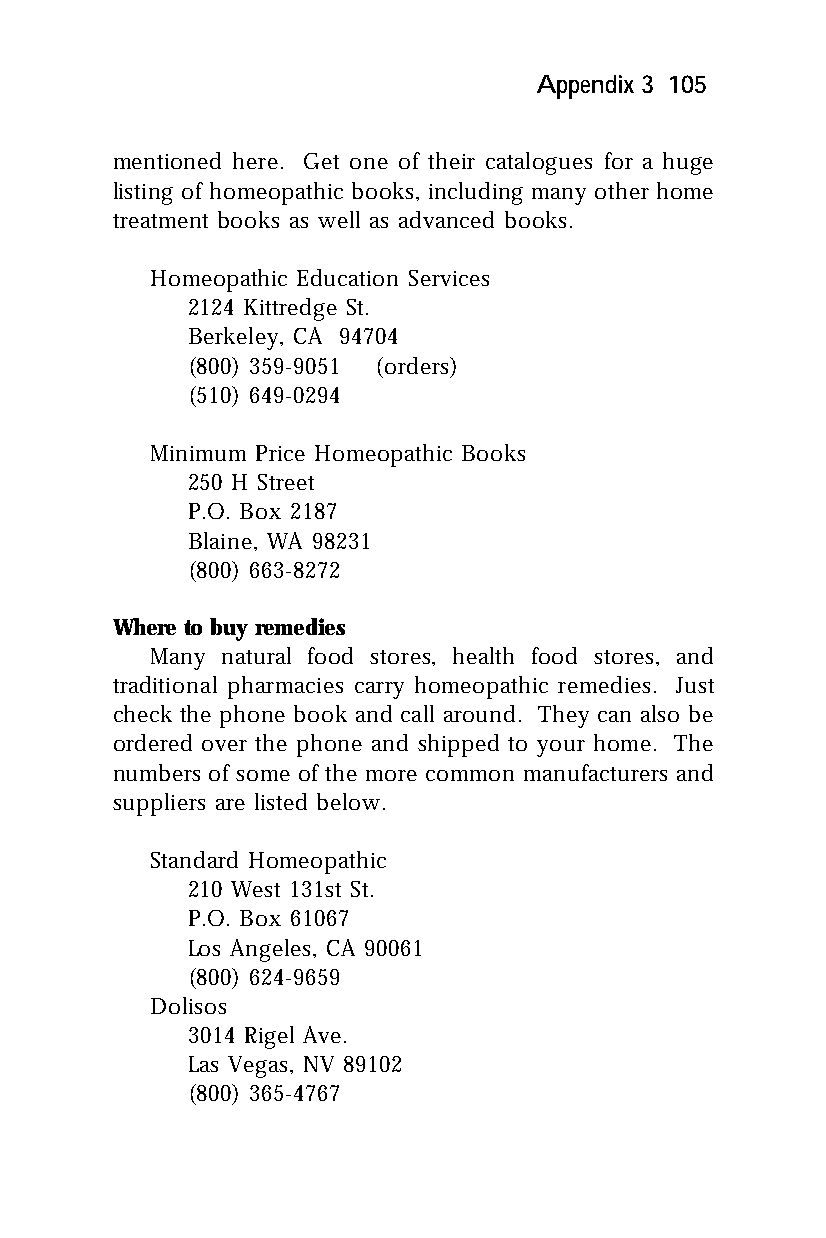
Appendix 3 105
 mentioned here. Get one of their catalogues for a huge
 listing of homeopathic books, including many other home
 treatment books as well as advanced books.
 Homeopathic Education Services
 2124 Kittredge St.
 Berkeley, CA 94704
 (800) 359-9051 (orders)
 (510) 649-0294
 Minimum Price Homeopathic Books
 250 H Street
 P.O. Box 2187
 Blaine, WA 98231
 (800) 663-8272
 Where to buy remedies
 Many natural food stores, health food stores, and
 traditional pharmacies carry homeopathic remedies. Just
 check the phone book and call around. They can also be
 ordered over the phone and shipped to your home. The
 numbers of some of the more common manufacturers and
 suppliers are listed below.
 Standard Homeopathic
 210 West 131st St.
 P.O. Box 61067
 Los Angeles, CA 90061
 (800) 624-9659
 Dolisos
 3014 Rigel Ave.
 Las Vegas, NV 89102
 (800) 365-4767